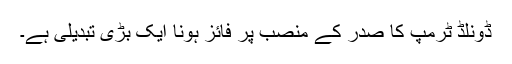
ڈونلڈ ٹرمپ کا صدر کے منصب پر فائز ہونا ایک بڑی تبدیلی ہے۔